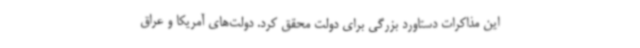
این مذاکرات دستاورد بزرگی برای دولت محقق کرد. دولت‌های آمریکا و عراق